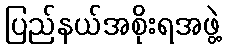
ပြည်နယ်အစိုးရအဖွဲ့